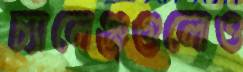
চ্যালেঞ্জগুলোও